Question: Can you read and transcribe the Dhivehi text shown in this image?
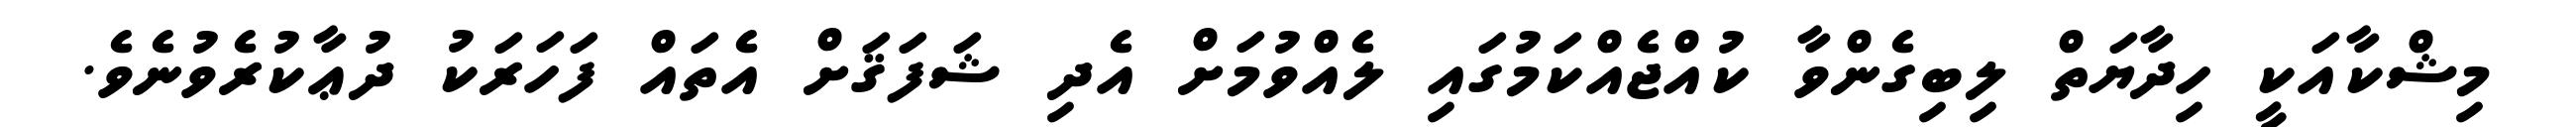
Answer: މިޝްކާއަކީ ހިދާޔަތް ލިބިގެންވާ ކުއްޖެއްކަމުގައި ލެއްވުމަށް އެދި ޝަފަޤަށް އެތައް ފަހަރަކު ދުޢާކުރެވުނެވެ.